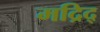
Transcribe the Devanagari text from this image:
मद्रिद्